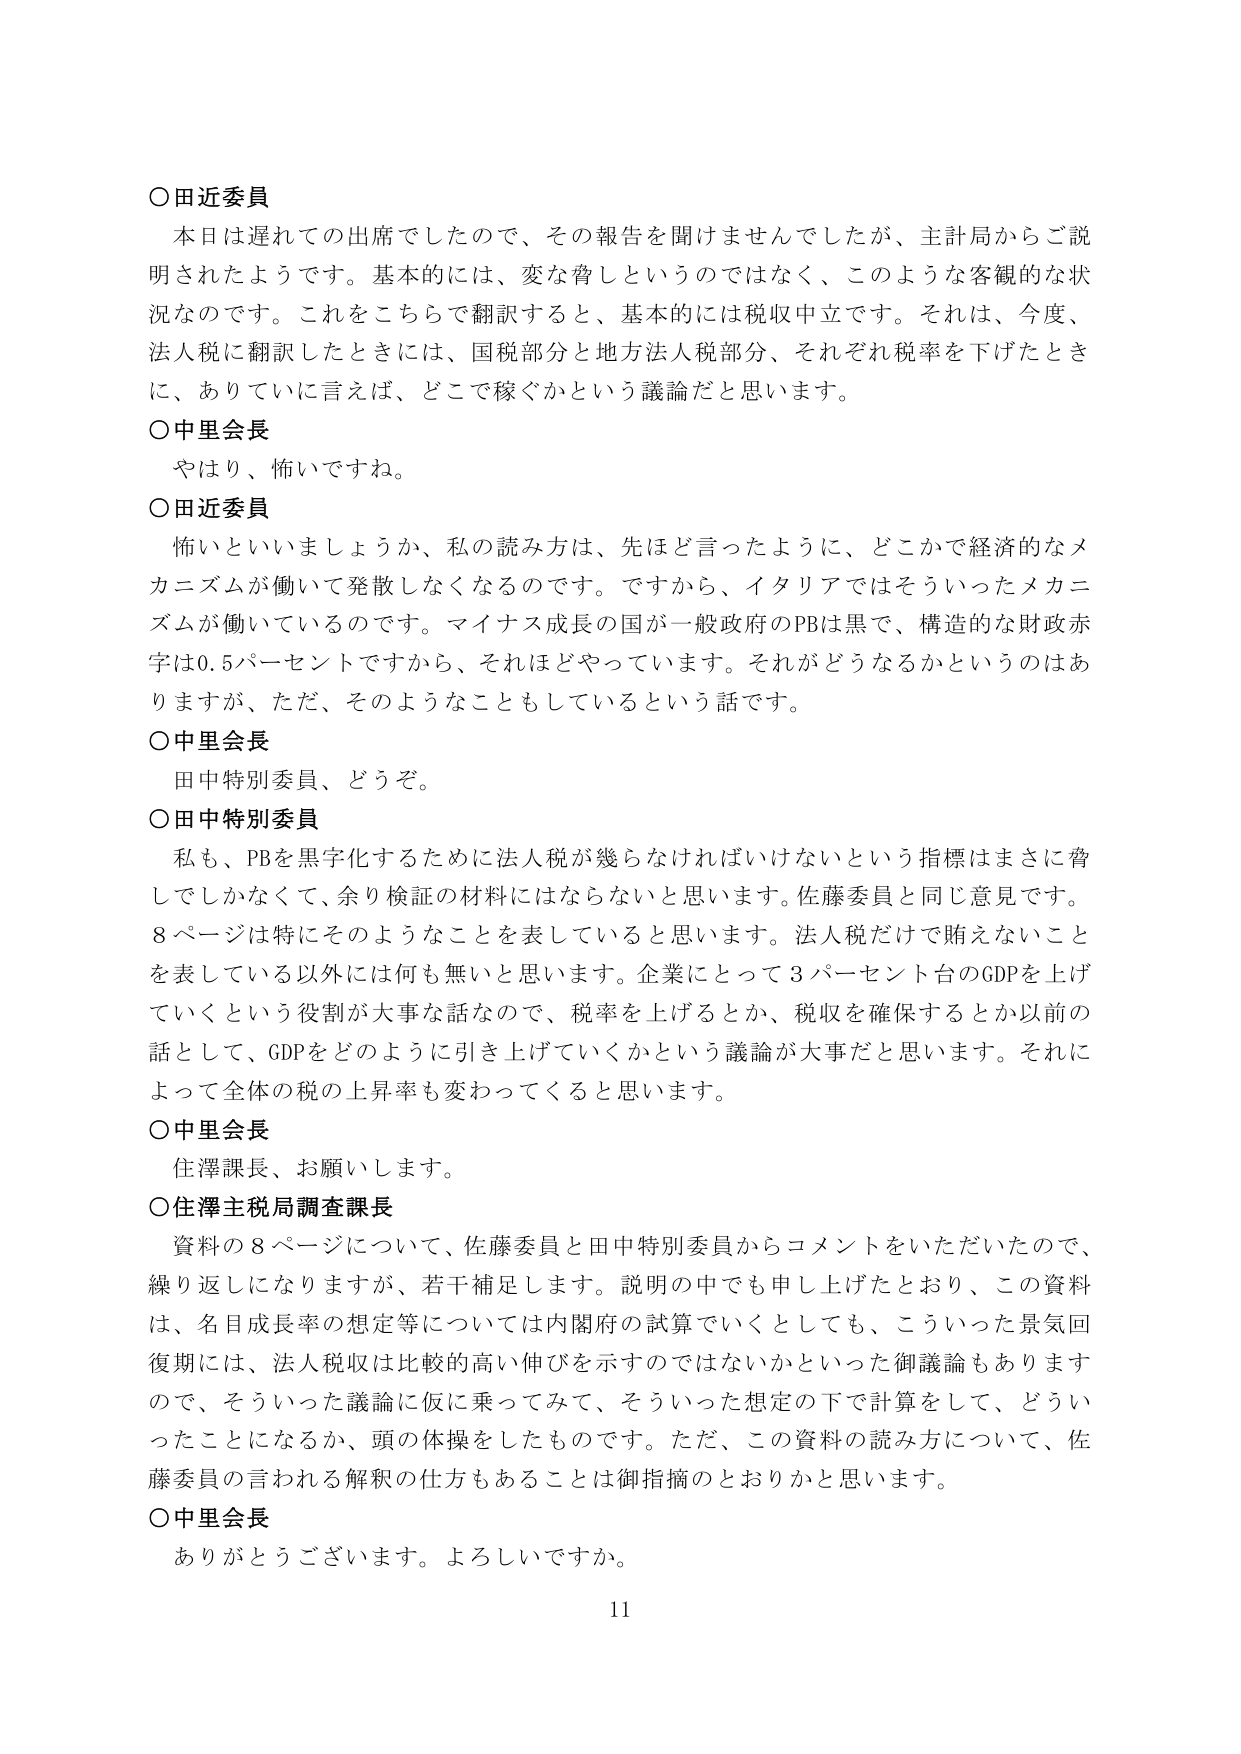
○田近委員
本日は遅れての出席でしたので、その報告を聞けませんでしたが、主計局からご説明されたようです。基本的には、変な脅しというのではなく、このような客観的な状況なのです。これをこちらで翻訳すると、基本的には税収中立です。それは、今度、法人税に翻訳したときには、国税部分と地方法人税部分、それぞれ税率を下げたときに、ありていに言えば、どこで稼ぐかという議論だと思います。

○中里会長
やはり、怖いですね。

○田近委員
怖いといいましょうか、私の読み方は、先ほど言ったように、どこかで経済的なメカニズムが働いて発散しなくなるのです。ですから、イタリアではそういったメカニズムが働いているのです。マイナス成長の国が一般政府のPBは黒で、構造的な財政赤字は0.5パーセントですから、それほどやっています。それがどうなるかというのはありますか、ただ、そのようなこともしているという話です。

○中里会長
田中特別委員、どうぞ。

○田中特別委員
私も、PBを黒字化するために法人税が幾らなければならないという指標はまさに脅しでしかなくて、余り検証の材料にはならないと思います。佐藤委員と同じ意見です。8ページは特にそのようなことを表していると思います。法人税だけで賄えないことを表している以外には何も無いと思います。企業にとって3パーセント台のGDPを上げていくという役割が大事な話なので、税率を上げるのか、税収を確保するとか以前の話として、GDPをどのように引き上げていくかという議論が大事だと思います。それによって全体の税の上昇率も変わってくると思います。

○中里会長
住澤課長、お願いします。

○住澤主税局調査課長
資料の8ページについて、佐藤委員と田中特別委員からコメントをいただいたので、繰り返しになりますが、若干補足します。説明の中でも申し上げたとおり、この資料は、名目成長率の想定等については内閣府の試算でいくとしても、こういった景気回復期には、法人税収は比較的高い伸びを示すのではないかといった御議論もありますので、そういった議論に仮に乗ってみて、そういった想定の下で計算をして、どういったことになるか、頭の体操をしたものです。ただ、この資料の読み方について、佐藤委員の言われる解釈の仕方もあることは御指摘のとおりかと思います。

○中里会長
ありがとうございます。よろしいですか。

11